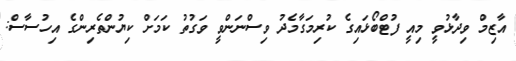
އާޒިމް ވިދާޅުވީ މިއީ ފުޓްބޯޅައިގެ ކުރިމަގާމެދު ވިސްނަންވީ ވަގުތު ކަމަށް ކިޔުންތެރިންގެ އިހުސާސް: